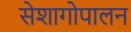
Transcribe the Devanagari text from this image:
सेशागोपालन